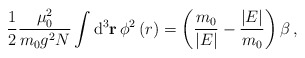
\begin{align*}\frac{1}{2}\frac{\mu_0^2}{ m_0g^2N}\int{\rm d}^3{\bf r}\,\phi^2\left(r\right)=\left(\frac{m_0}{\vert E\vert}-\frac{\vert E\vert}{ m_0}\right)\beta\,,\end{align*}